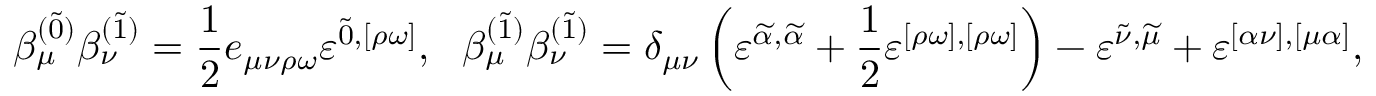
\beta _ { \mu } ^ { ( \widetilde { 0 } ) } \beta _ { \nu } ^ { ( \widetilde { 1 } ) } = \frac { 1 } { 2 } e _ { \mu \nu \rho \omega } \varepsilon ^ { \widetilde { 0 } , [ \rho \omega ] } , ~ ~ \beta _ { \mu } ^ { ( \widetilde { 1 } ) } \beta _ { \nu } ^ { ( \widetilde { 1 } ) } = \delta _ { \mu \nu } \left( \varepsilon ^ { \widetilde { \alpha } , \widetilde { \alpha } } + \frac { 1 } { 2 } \varepsilon ^ { [ \rho \omega ] , [ \rho \omega ] } \right) - \varepsilon ^ { \widetilde { \nu } , \widetilde { \mu } } + \varepsilon ^ { [ \alpha \nu ] , [ \mu \alpha ] } ,